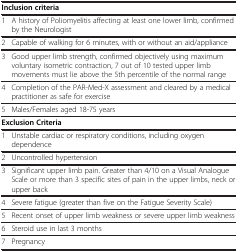
| <COLSPAN=2> Inclusion criteria |
 | --- | --- |
 | 1 | A history of Poliomyelitis affecting at least one lower limb, confirmed by the Neurologist |
 | 2 | Capable of walking for 6 minutes, with or without an aid/appliance |
 | 3 | Good upper limb strength, confirmed objectively using maximum voluntary isometric contraction, 7 out of 10 tested upper limb movements must lie above the 5th percentile of the normal range |
 | 4 | Completion of the PAR-Med-X assessment and cleared by a medical practitioner as safe for exercise |
 | 5 | Males/Females aged 18-75 years |
 | <COLSPAN=2> Exclusion Criteria |
 | 1 | Unstable cardiac or respiratory conditions, including oxygen dependence |
 | 2 | Uncontrolled hypertension |
 | 3 | Significant upper limb pain. Greater than 4/10 on a Visual Analogue Scale or more than 3 specific sites of pain in the upper limbs, neck or upper back |
 | 4 | Severe fatigue (greater than five on the Fatigue Severity Scale) |
 | 5 | Recent onset of upper limb weakness or severe upper limb weakness |
 | 6 | Steroid use in last 3 months |
 | 7 | Pregnancy |